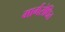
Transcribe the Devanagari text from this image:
मार्गरोधित